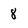
Character: 8